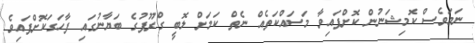
ނަމަވެސް ކޮމިޝަނުން ކޮށްފައިވާ މަސައްކަތެއް ނެތް ކަމަށް ލޮބީ ގްރޫޕުގެ ބަޔާނުގައި ފާހަގަކޮށްފައިވެ